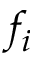
f _ { i }